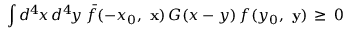
\int d ^ { 4 } \! x \, d ^ { 4 } \! y \; \bar { f } ( - x _ { 0 } , \mathrm { \bf ~ x } ) \, G ( x - y ) \, f ( y _ { 0 } , \mathrm { \bf ~ y } ) \, \ge \, 0